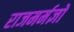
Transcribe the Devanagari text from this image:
राजमर्मज्ञों